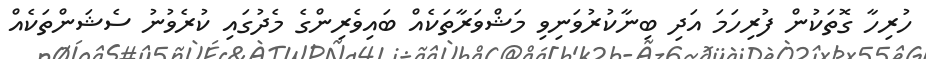
ހުރިހާ ގޮތަކުން ފުރިހަމަ އަދި ބިނާކުރުވަނިވި މަޝްވަރާތަކެއް ބައިވެރިންގެ މެދުގައި ކުރެވުނު ސެޝަންތަކެއް